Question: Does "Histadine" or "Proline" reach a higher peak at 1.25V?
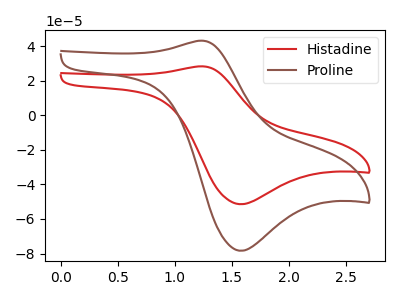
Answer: <think>The red curve "Histadine" has an anodic peak at (1.25V, 28.35uA) and a cathodic peak at (1.60V, -51.45uA). The brown curve "Proline" has an anodic peak at (1.25V, 43.15uA) and a cathodic peak at (1.60V, -78.40uA).</think>
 <answer>The peak at 1.25V is lower in "Histadine" than in "Proline".</answer>
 <eval>lower</eval>